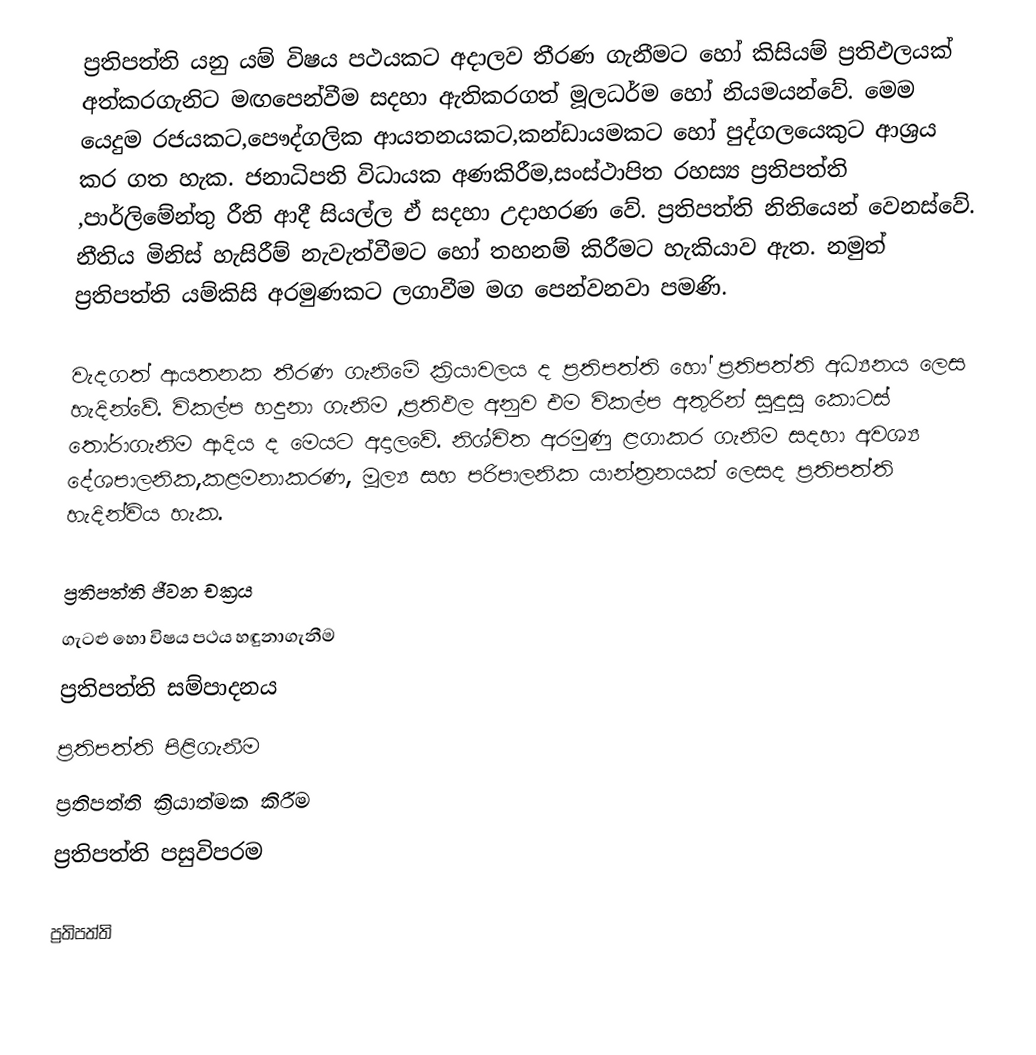
ප්‍රතිපත්ති යනු යම් විෂය පථයකට අදාලව තීරණ ගැනීමට හෝ කිසියම් ප්‍රතිඵලයක් අත්කරගැනිට මඟපෙන්වීම සදහා ඇතිකරගත්  මූලධර්ම හෝ නියමයන්වේ. මෙම යෙදුම රජයකට,පෞද්ගලික ආයතනයකට,කන්ඩායමකට හෝ පුද්ගලයෙකුට ආශ්‍රය කර ගත හැක. ජනාධිපති විධායක අණකිරීම,සංස්ථාපිත රහස්‍ය ප්‍රතිපත්ති ,පාර්ලිමේන්තු රීති ආදී සියල්ල ඒ සදහා උදාහරණ වේ. ප්‍රතිපත්ති නිතියෙන් වෙනස්වේ. නීතිය මිනිස් හැසිරීම් නැවැත්වීමට හෝ තහනම් කිරීමට හැකියාව ඇත. නමුත් ප්‍රතිපත්ති යම්කිසි අරමුණකට ලගාවීම මග පෙන්වනවා පමණි.

වැදගත් ආයතනක තීරණ ගැනිමේ ක්‍රියාවලය ද ප්‍රතිපත්ති හෝ ප්‍රතිපත්ති අධ්‍යනය ලෙස හැදින්වේ. විකල්ප හදුනා ගැනිම ,ප්‍රතිඵල අනුව එම විකල්ප අතුරින් සුඳුසු කොටස් තෝරාගැනිම ආදිය ද මෙයට අදාලවේ. නිශ්චිත අරමුණු ළගාකර ගැනිම සදහා අවශ්‍ය දේශපාලනික,කළමනාකරණ, මූල්‍ය‍ සහ පරිපාලනික යාන්ත්‍රනයක් ලෙසද ප්‍රතිපත්ති හැදින්විය හැක.

ප්‍රතිපත්ති ජීවන චක්‍රය
 ගැටළු හො විෂය පථය හඳුනාගැනීම
 ප්‍රතිපත්ති සම්පාදනය
 ප්‍රතිපත්ති පිළිගැනීම
 ප්‍රතිපත්ති ක්‍රියාත්මක කිරීම
 ප්‍රතිපත්ති පසුවිපරම

ප්‍රතිපත්ති